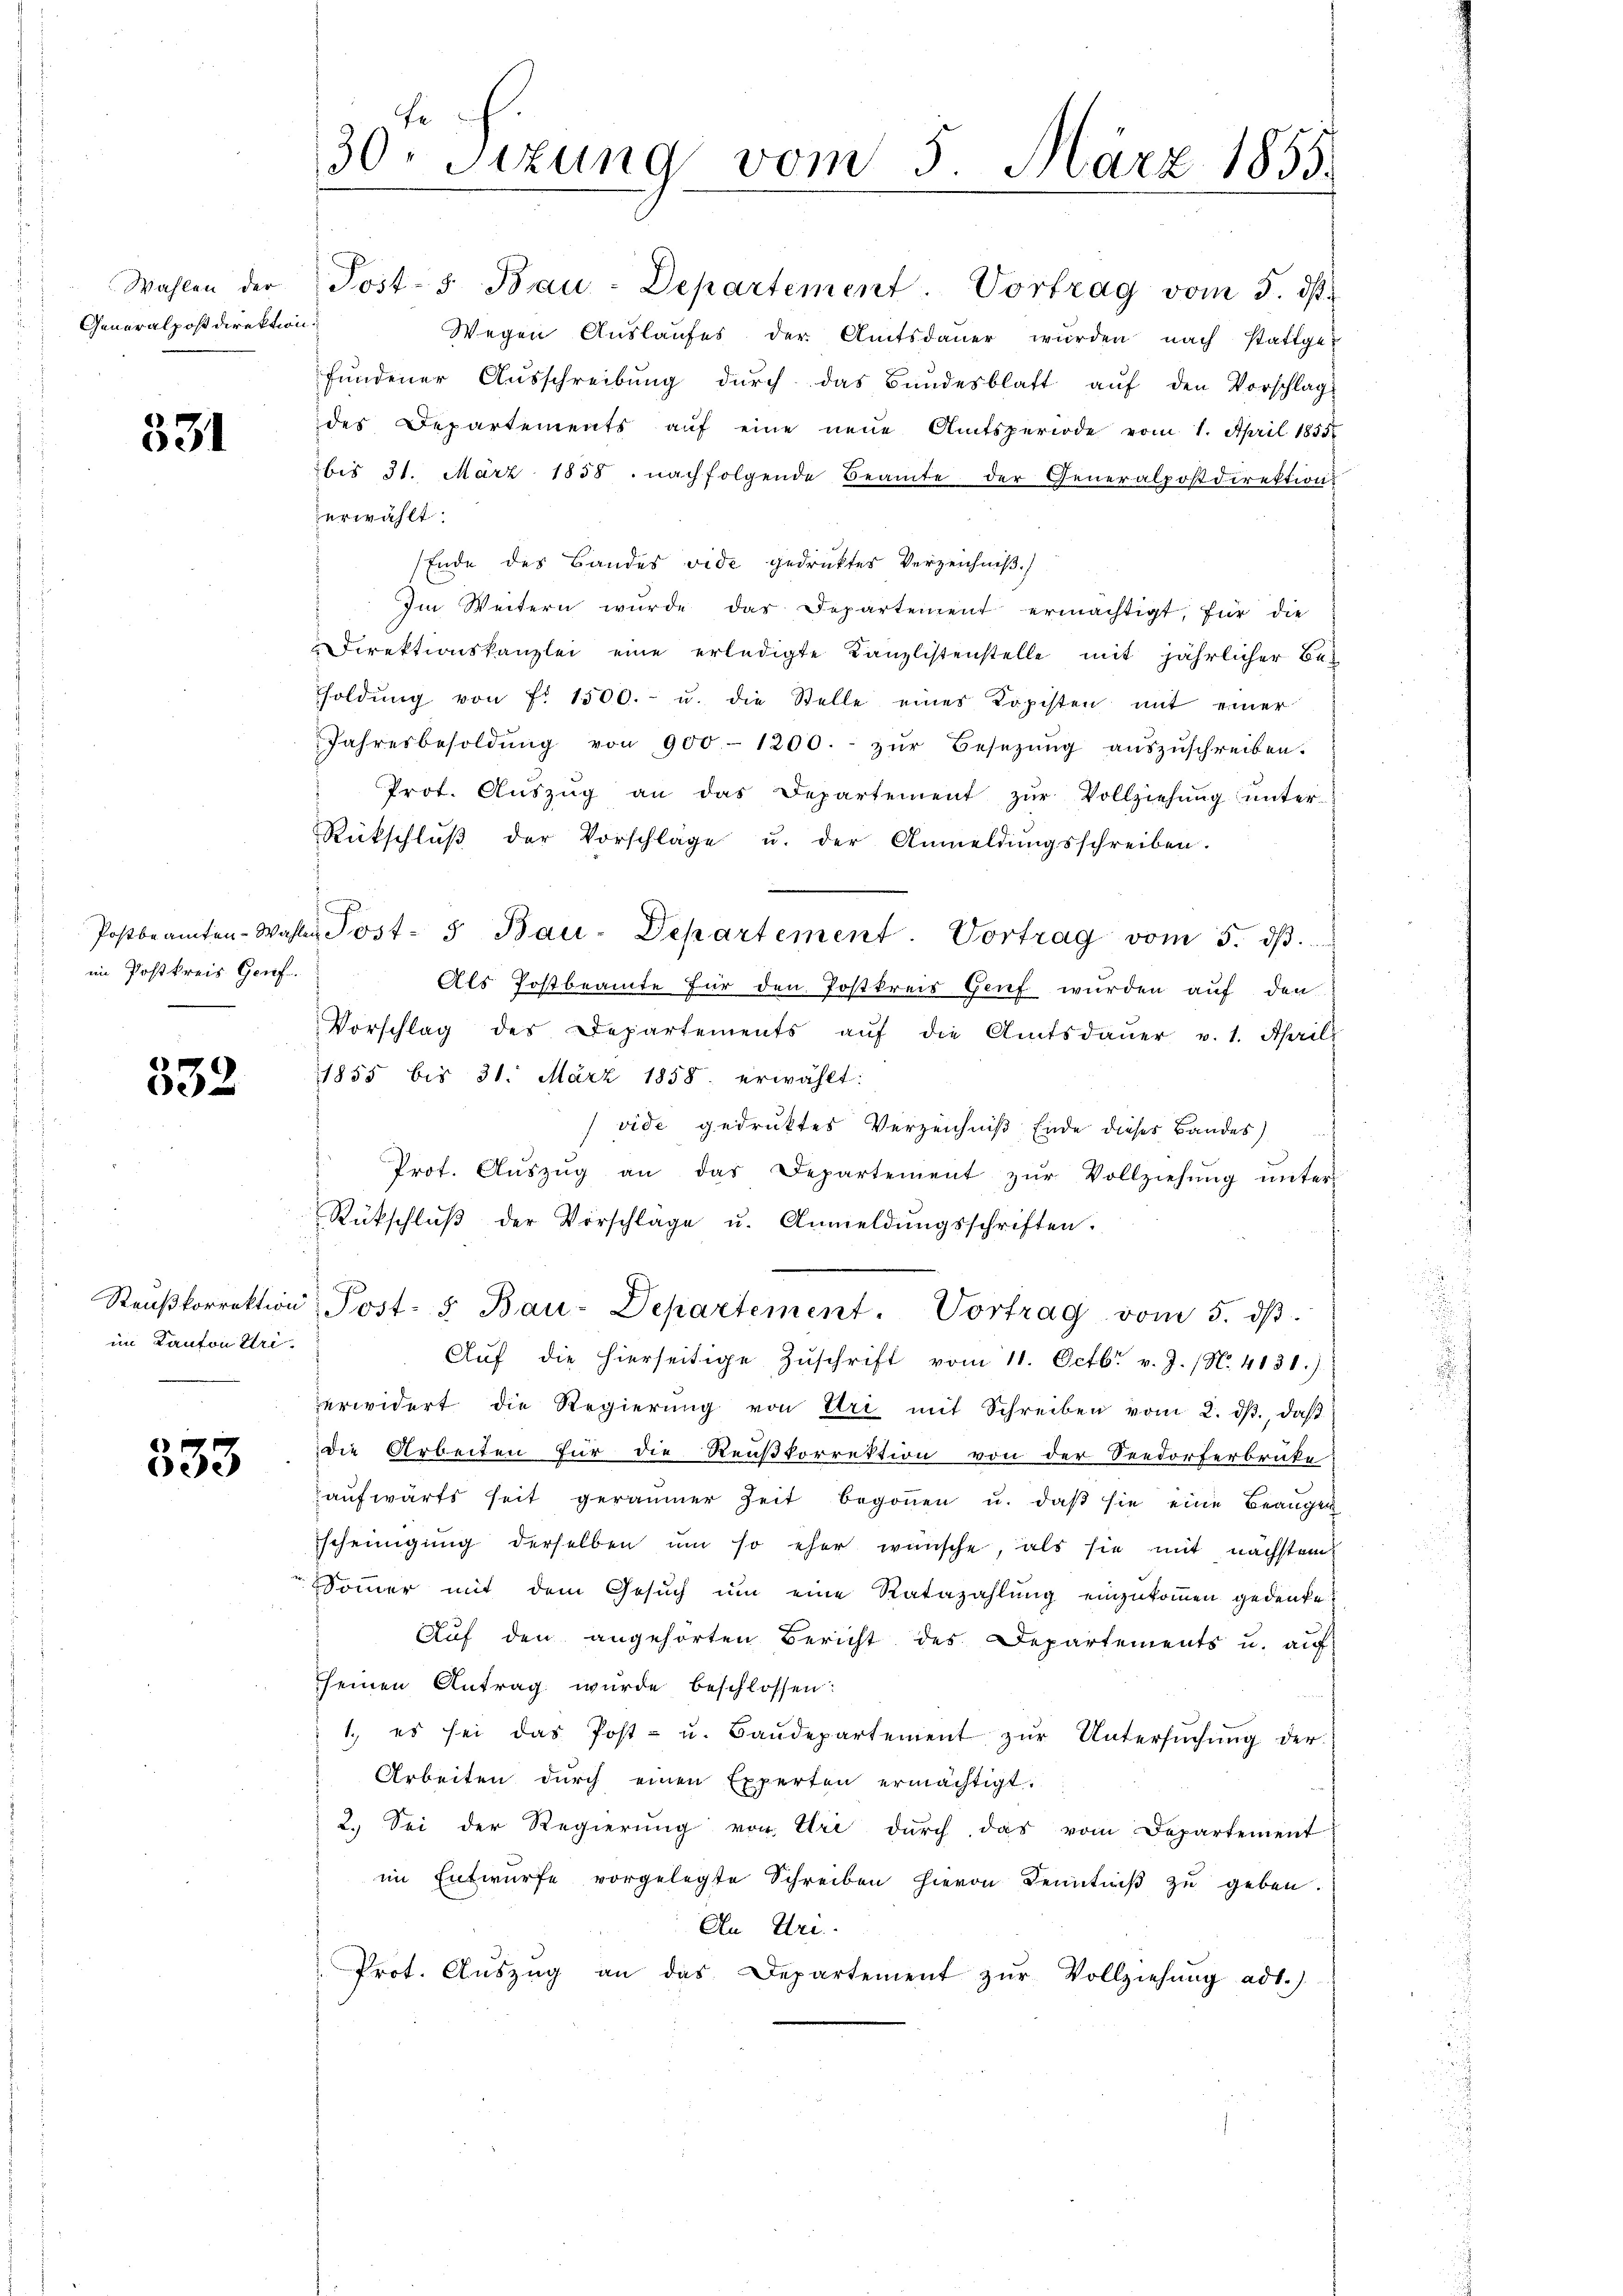
Wahlen der
Generalpostdirektion

331

1
im Postkreis Genf.

532

Reußkorrektion
im Kanton Uri.

333.

fe
30. Sizung vom 5. März 1855.

Post-s Bau-Departement. Vortrag vom 3. ds.
Wegen Auslaufes der Amtsdaŭer würden nach stattge-
fŭndener Aŭsschreibŭng durch das Bundesblatt aŭf den Vorschlag
des Departements auf eine neue Amtsperiode vom 1. April 1855
bis 31. März 1858. nachfolgende Beamte der Generalpostdirektion
erwählt:
Ende des Bandes vide gedruckter Verzeichniß.)
Im Weitern wurde dar Departement ermächtigt, für die
Direktionskanzlei eine erledigte Kanzlistenstelle mit jährlicher Be-
soldŭng von f. 1500.- u. die Stelle eines Kopisten mit einer
Jahresbesoldŭng von 900-1200.- zŭr Besetzŭng aŭszŭschreiben.
Prot. Aŭszŭg an das Departement zŭr Vollziehŭng ŭnter-
Rückschlŭβ der Vorschläge u. der Anmeldŭngsschreiben.
Postbeamten-Wahlen Post- u Bau-Departement. Vortrag vom 5. dβ.
Als Postbeamte für den Postkreis Genf wurden auf den
Vorschlag des Departements aŭf die Amtsdaŭer v. 1. Aprill
1855 bis 31. März 1858. erwählt:
vide gedruktes Verzeichniß Ende dieses Bandes)
Prot. Aŭszŭg an das Departement zŭr Vollziehŭng ŭnter
Rückschlŭβ der Vorschlage u. Anmeldŭngsschriften.
Post- u Bau-Departement. Vortrag vom 5. dβ.
Aŭf die hierseitige Zŭschrift vom 11. Octbr. v. J. (N. 4131.)
erwidert die Regierŭng von Uri mit Schreiben vom 2. dβ., daβ
die Arbeiten für die Reußkorrektion von der Seedorferbrüke
aufwärts seit geräumer Zeit begonnen u. daβ sie eine Beaugen
scheinigung derselben um so eher wünsche, als sie mit nächstem
Sommer mit dem Gesŭch ŭm eine Ratazahlung einzukommen gedenke
Aŭf den angehörten Bericht des Departements u. aŭf
seinen Antrag wurde beschlossen:
1. es sei das Post- u. Baŭdepartement zŭr Untersŭchŭng der
Arbeiten durch einen Experten ermächtigt.
2. Sei der Regierung von Uri durch das vom Departement
im Entwürfe vorgelegte Schreiben hievon Kenntniß zu geben
An Uri.
Prot. Aŭszŭg an das Departement zŭr Vollziehŭng ad1.)